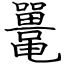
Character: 鼍